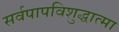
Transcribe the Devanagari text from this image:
सर्वपापविशुद्धात्मा